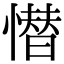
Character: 𢡚